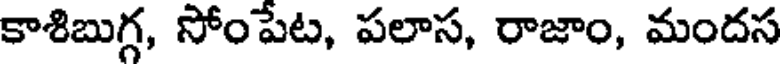
కాశిబుగ్గ, సోంపేట, పలాస, రాజాం, మందస